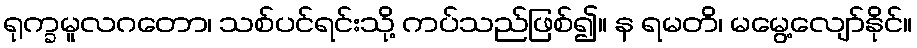
ရုက္ခမူလဂတော၊ သစ်ပင်ရင်းသို့ ကပ်သည်ဖြစ်၍။ န ရမတိ၊ မမွေ့လျော်နိုင်။